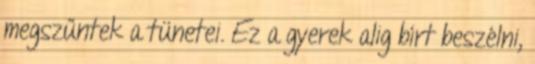
megszűntek a tünetei. Ez a gyerek alig bírt beszélni,